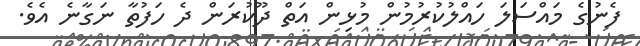
ފެނުގެ މައްސަލަ ހައްލުކުރުމުން މުޅިން އަތް ދޫކުރަން ދެ ހަފުތާ ނަގާނެ އެވެ.